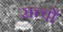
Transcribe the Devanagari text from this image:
सत्त्वों